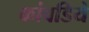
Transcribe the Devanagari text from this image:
कांवडिये